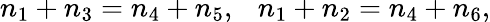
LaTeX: n_{1}+n_{3}=n_{4}+n_{5},~~~n_{1}+n_{2}=n_{4}+n_{6},